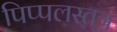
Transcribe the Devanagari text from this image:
पिप्पलस्तत्र